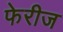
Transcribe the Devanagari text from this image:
फेरीज